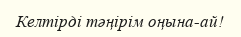
Келтірді тәңірім оңына-ай!